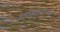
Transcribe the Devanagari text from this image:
कार्यकर्तृत्वाच्या